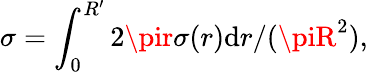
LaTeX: \sigma=\int_{0}^{R^{\prime}}2\pir\sigma(r)\mathrm{d}r/(\piR^{2}),